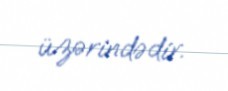
üzərindədir.